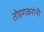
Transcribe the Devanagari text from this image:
तोडणकरांनी